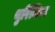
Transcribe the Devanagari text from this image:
थुरिंजिया